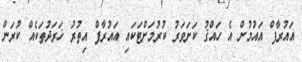
އައުރާފް އައުމުން އެ ހައްޤު ކަށަވަރު ކުރުމަށްޓަކައި އައުރާފް އިތުރު ޚަރަދުތަކެއް ކުރަން